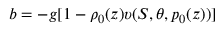
b = - g [ 1 - \rho _ { 0 } ( z ) \upsilon ( S , \theta , p _ { 0 } ( z ) ) ]